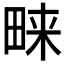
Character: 𭻔